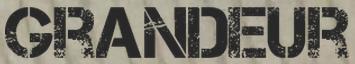
GRANDEUR